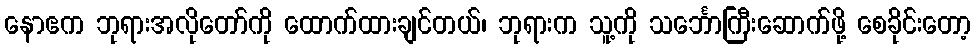
နောဧက ဘုရားအလိုတော်ကို ထောက်ထားချင်တယ်၊ ဘုရားက သူ့ကို သင်္ဘောကြီးဆောက်ဖို့ စေခိုင်းတော့